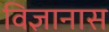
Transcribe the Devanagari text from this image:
विज्ञानास